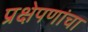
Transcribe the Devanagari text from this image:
प्रक्षेपणांचा